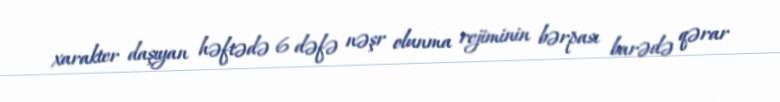
xarakter daşıyan həftədə 6 dəfə nəşr olunma rejiminin bərpası barədə qərar